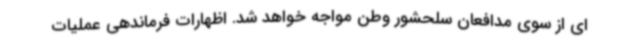
ای از سوی مدافعان سلحشور وطن مواجه خواهد شد. اظهارات فرماندهی عملیات